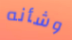
وشأنه